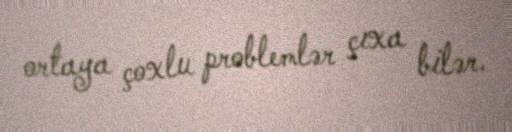
ortaya çoxlu problemlər çıxa bilər.